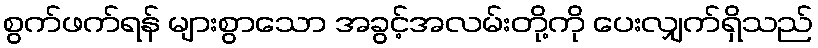
စွက်ဖက်ရန် များစွာသော အခွင့်အလမ်းတို့ကို ပေးလျှက်ရှိသည်